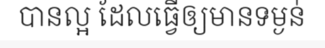
បានល្អ ដែលធ្វើឲ្យមានទម្ងន់